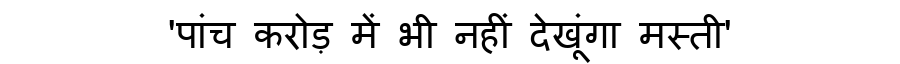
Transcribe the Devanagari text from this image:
'पांच करोड़ में भी नहीं देखूंगा मस्ती'